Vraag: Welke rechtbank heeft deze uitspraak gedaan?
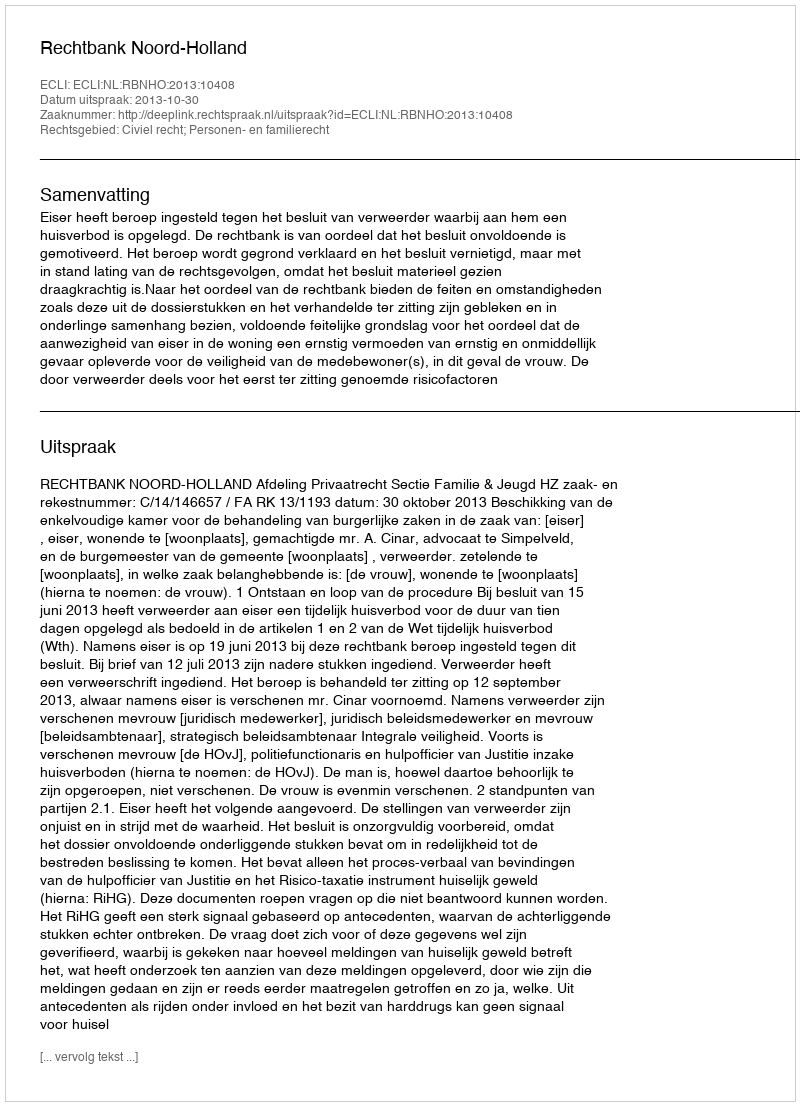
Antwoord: Rechtbank Noord-Holland